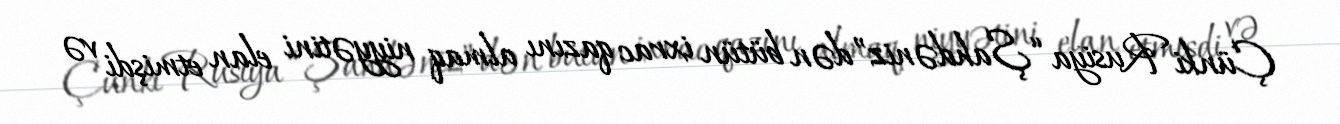
Çünki Rusiya “Şahdəniz”dən bütün ixrac qazını almaq niyyətini elan etmişdi və